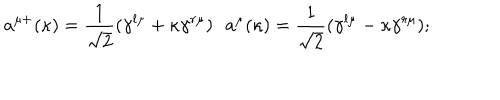
LaTeX: a ^ { \mu + } ( \kappa ) = \frac 1 { \sqrt { 2 } } ( \gamma ^ { l \mu } + \kappa \gamma ^ { r \mu } ) \, \, \, \, a ^ { \mu } ( \kappa ) = \frac 1 { \sqrt { 2 } } ( \gamma ^ { l \mu } - \kappa \gamma ^ { r \mu } ) ;